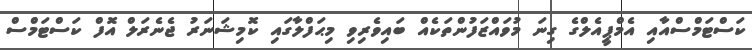
ކަސްޓަމްސްއާއި އެމްޕީއެލްގެ ގިނަ މުވައްޒަފުންތަކެއް ބައިވެރިވި މިޙަފްލާގައި ކޮމިޝަނަރު ޖެނެރަލް އޮފް ކަސްޓަމްސް